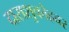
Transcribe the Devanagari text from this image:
दाराशुकोहवर